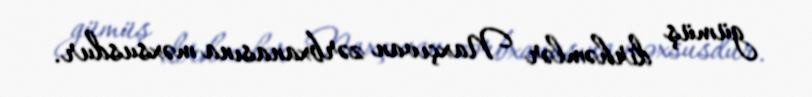
gümüş dirhəmlər Naxçıvan zərbxanasına məxsusdur.